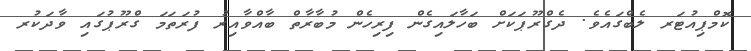
ކޮމްޕިއުޓަރ ލެބްގައެވެ. ދެގްރޫޕަކަށް ބަހާލައިގެން ފިރިހެން މުބާރާތް ބާއްވާއިރު ފުރަތަމަ ގްރޫޕުގައި ވާދަކުރ